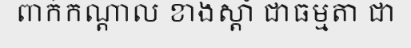
ពាក់កណ្តាល ខាងស្តាំ ជាធម្មតា ជា